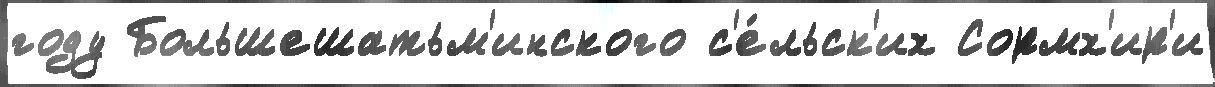
году Большешатьм'инского с'е́льск'их Сормх'ир'и